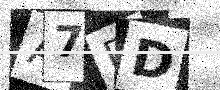
Text: A7DD